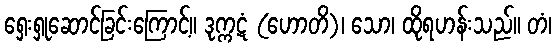
ရှေးရှုဆောင်ခြင်းကြောင့်။ ဒုက္ကဋံ (ဟောတိ)၊ သော၊ ထိုရဟန်းသည်။ တံ၊